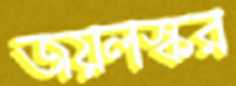
জয়লস্কর